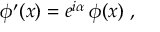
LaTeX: \phi ^ { \prime } ( x ) = e ^ { i \alpha } \, \phi ( x ) \ ,